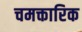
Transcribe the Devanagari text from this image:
चमक्तारिक